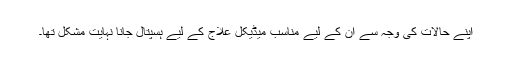
اپنے حالات کی وجہ سے ان کے لیے مناسب میڈیکل علاج کے لیے ہسپتال جانا نہایت مشکل تھا۔